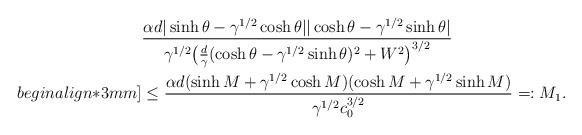
LaTeX: \begin{align*}&\frac{\alpha d|\sinh \theta - \gamma^{1/2}\cosh \theta ||\cosh \theta - \gamma^{1/2}\sinh \theta|}{\gamma^{1/2}\big( \frac{d}{\gamma}(\cosh \theta -\gamma^{1/2}\sinh \theta)^{2}+W^{2}\big)^{3/2}} \\begin{align*}3mm]&\leq \frac{\alpha d(\sinh M+\gamma^{1/2}\cosh M)(\cosh M+\gamma^{1/2}\sinh M)}{\gamma^{1/2}c_{0}^{3/2}}=:M_{1}.\end{align*}